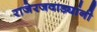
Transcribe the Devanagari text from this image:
राजेरजवाड्यांनी